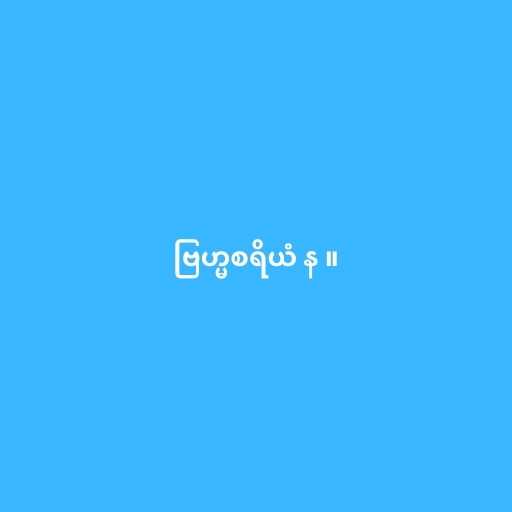
ဗြဟ္မစရိယံ န ။